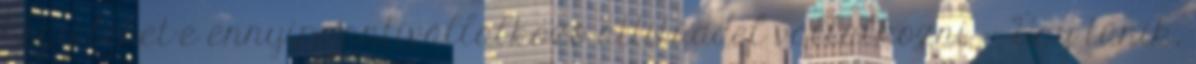
hogy lehet-e ennyire antivállalkozó attitűddel vállalkozni :- Úgy tűnik,